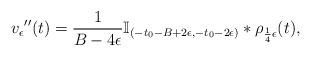
LaTeX: \begin{align*}v_\epsilon{''}(t)=\frac{1}{B-4\epsilon}\mathbb{I}_{(-t_0-B+2\epsilon,-t_0-2\epsilon)}*\rho_{\frac{1}{4}\epsilon}(t),\end{align*}